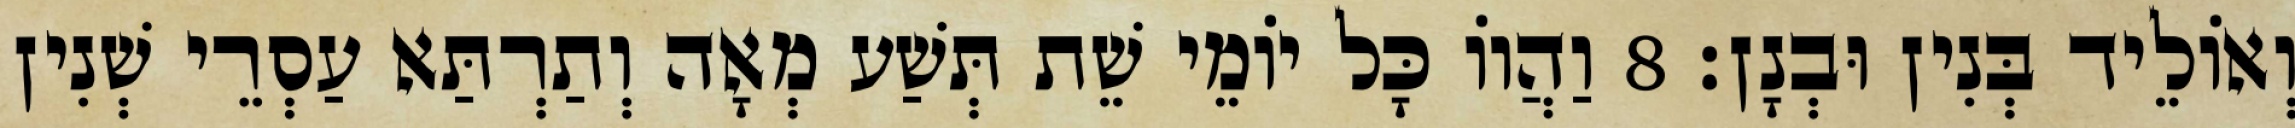
וְאוֹלֵיד בְּנִין וּבְנָן׃ 8 וַהֲווֹ כָּל יוֹמֵי שֵׁת תְּשַׁע מְאָה וְתַרְתַּא עַסְרֵי שְׁנִין